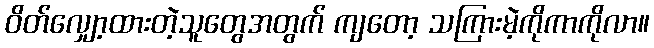
ဝိတ်လျှော့ထားတဲ့သူတွေအတွက် ကျတော့ သကြားမဲ့ကိုကာကိုလာ။